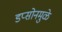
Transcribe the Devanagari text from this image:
डप्सोनमुळे